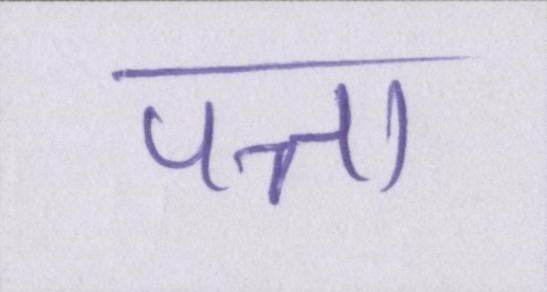
पत्ता